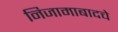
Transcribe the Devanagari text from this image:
निजामाबादचे